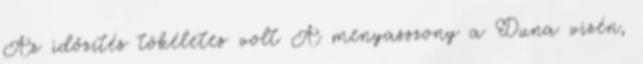
Az időzítés tökéletes volt A menyasszony a Duna vizén,